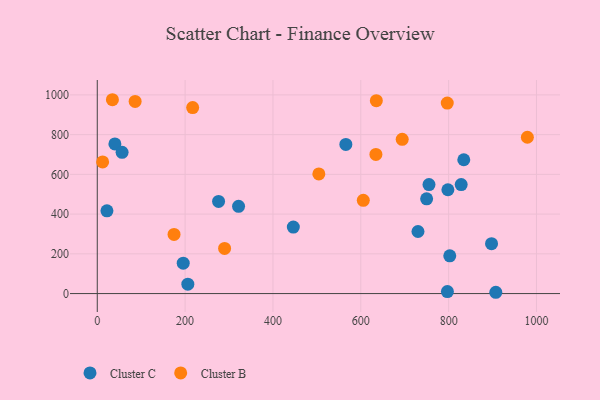
{"axis": {"x": "Price", "y": "Exam Score"}, "legend": ["Cluster B", "Cluster C"], "data": [{"x": "755.3", "y": 548.4, "type": "Cluster C"}, {"x": "321.7", "y": 439.2, "type": "Cluster C"}, {"x": "195.7", "y": 153.1, "type": "Cluster C"}, {"x": "907.4", "y": 6.5, "type": "Cluster C"}, {"x": "828.6", "y": 548.8, "type": "Cluster C"}, {"x": "730.2", "y": 312.3, "type": "Cluster C"}, {"x": "40.1", "y": 753.3, "type": "Cluster C"}, {"x": "22.0", "y": 416.7, "type": "Cluster C"}, {"x": "802.6", "y": 190.0, "type": "Cluster C"}, {"x": "206.2", "y": 47.1, "type": "Cluster C"}, {"x": "797.2", "y": 10.2, "type": "Cluster C"}, {"x": "566.0", "y": 750.9, "type": "Cluster C"}, {"x": "834.5", "y": 673.5, "type": "Cluster C"}, {"x": "276.2", "y": 463.6, "type": "Cluster C"}, {"x": "749.9", "y": 477.1, "type": "Cluster C"}, {"x": "897.7", "y": 251.1, "type": "Cluster C"}, {"x": "56.5", "y": 710.8, "type": "Cluster C"}, {"x": "446.4", "y": 334.6, "type": "Cluster C"}, {"x": "798.3", "y": 522.6, "type": "Cluster C"}, {"x": "796.9", "y": 958.7, "type": "Cluster B"}, {"x": "174.8", "y": 297.7, "type": "Cluster B"}, {"x": "979.3", "y": 786.9, "type": "Cluster B"}, {"x": "12.2", "y": 662.7, "type": "Cluster B"}, {"x": "217.2", "y": 936.1, "type": "Cluster B"}, {"x": "34.5", "y": 975.7, "type": "Cluster B"}, {"x": "634.4", "y": 700.6, "type": "Cluster B"}, {"x": "504.5", "y": 602.0, "type": "Cluster B"}, {"x": "635.4", "y": 970.9, "type": "Cluster B"}, {"x": "289.9", "y": 227.3, "type": "Cluster B"}, {"x": "86.2", "y": 967.0, "type": "Cluster B"}, {"x": "605.7", "y": 469.5, "type": "Cluster B"}, {"x": "694.3", "y": 776.2, "type": "Cluster B"}]}